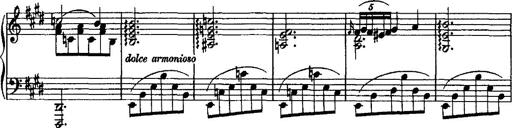
Title: Valse mÃ©lancolique
Composer: Paul Vidal
Key: F-sharp minor